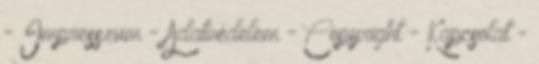
- Impresszum - Adatvédelem - Copyright - Kapcsolat -